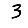
Digit: 3